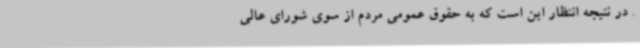
. در نتیجه انتظار این است که به حقوق عمومی مردم از سوی شورای عالی